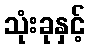
သုံးခုနှင့်